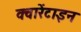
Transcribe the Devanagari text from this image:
क्वारेंटाइन